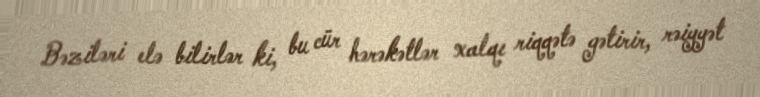
Bəziləri elə bilirlər ki, bu cür hərəkətlər xalqı riqqətə gətirir, rəiyyət